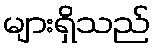
များရှိသည်